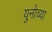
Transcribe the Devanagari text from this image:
युनोच्या